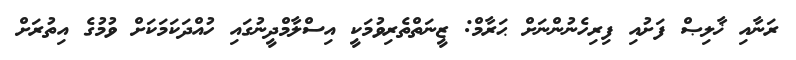
ރަނާއި ޚާލިޞް ފަށުއި ފިރިހެނުންނަށް ޙަރާމް: ޒީނަތްތެރިވުމަކީ އިސްލާމްދީނުގައި ހުއްދަކަމަކަށް ވުމުގެ އިތުރަށް